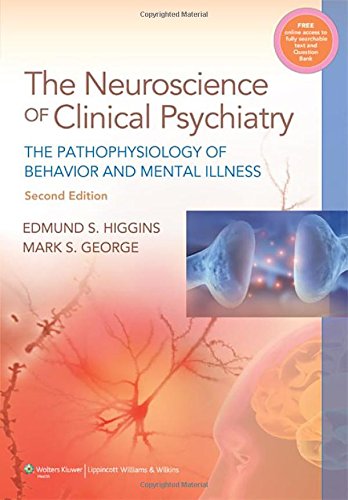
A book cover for Neuroscience of Clinical Psychiatry: The Pathophysiology of Behavior and Mental Illness; Edmund S. Higgins MD; Medical Books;